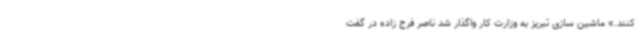
کنند.» ماشین سازی تبریز به وزارت کار واگذار شد ناصر فرج زاده در گفت